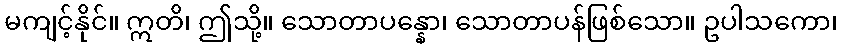
မကျင့်နိုင်။ ဣတိ၊ ဤသို့။ သောတာပန္နော၊ သောတာပန်ဖြစ်သော။ ဥပါသကော၊